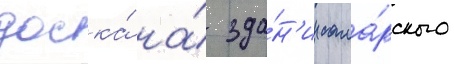
доска́ на́ зда́н'ии сама́рского